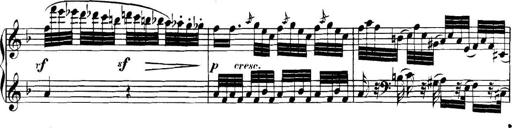
Title: Collected Piano Sonatas
Composer: Muzio Clementi